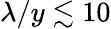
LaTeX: \lambda/y\lesssim 10